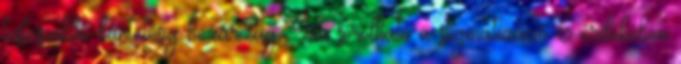
testcsonkító büntetésig bezárólag. Ide sorolható a stigmatizáció 6 érdekében